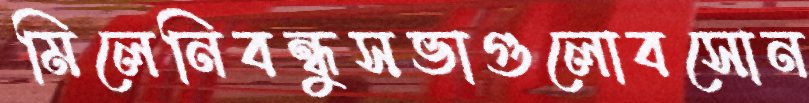
মিলেনিবন্ধুসভাগুলোবসোন